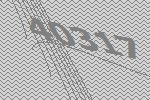
40317